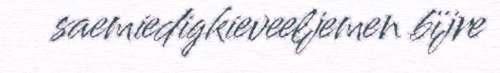
saemiedigkieveeljemen bïjre